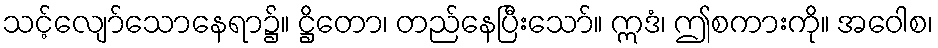
သင့်လျော်သောနေရာ၌။ ဋ္ဌိတော၊ တည်နေပြီးသော်။ ဣဒံ၊ ဤစကားကို။ အဝေါစ၊